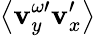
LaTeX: \left\langle\mathbf{v}_{y}^{\omega\prime}\mathbf{v}_{x}^{\prime}\right\rangle